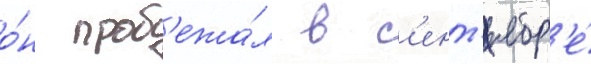
о́н проб'ежа́л в с'ент'ябр'е́